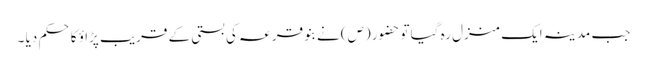
جب مدینہ ایک منزل رہ گیا تو حضور (ص) نے بنو قر عہ کی بستی کے قریب پڑا ؤ کا حکم دیا ۔